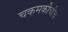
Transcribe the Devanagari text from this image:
चकमकीचीच